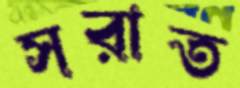
সরাত